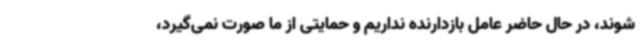
شوند، در حال حاضر عامل بازدارنده نداریم و حمایتی از ما صورت نمی‌گیرد،